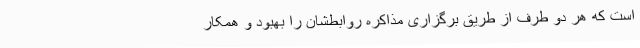
است که هر دو طرف از طریق برگزاری مذاکره روابطشان را بهبود و همکار